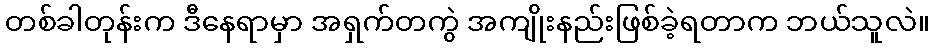
တစ်ခါတုန်းက ဒီနေရာမှာ အရှက်တကွဲ အကျိုးနည်းဖြစ်ခဲ့ရတာက ဘယ်သူလဲ။